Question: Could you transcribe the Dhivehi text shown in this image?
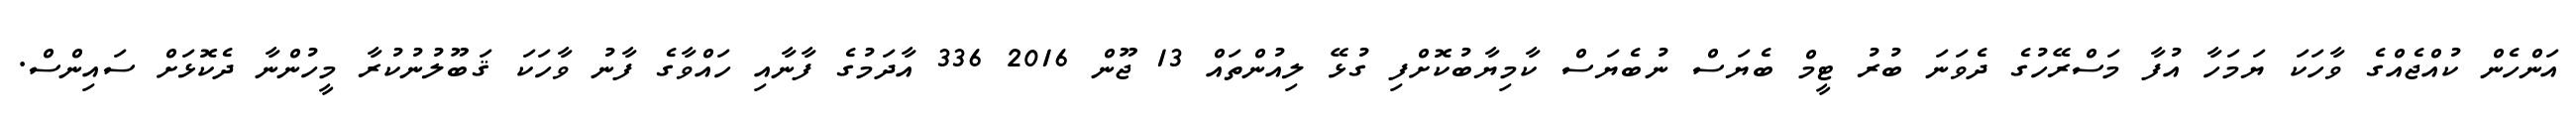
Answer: އަންހެން ކުއްޖެއްގެ ވާހަކަ ޔަމަހާ އުފާ މަސްރޭހުގެ ދެވަނަ ބުރު ޓީމް ބެޔަސް ނުބެޔަސް ކާމިޔާބުކޮށްފި ގުޅޭ ލިއުންތައް 13 ޖޫން 2016 336 އާދަމުގެ ފާނާއި ހައްވާގެ ފާނު ވާހަކަ ޤަބޫލުނުކުރާ މީހުންނާ ދެކޮޅަށް ސައިންސް.